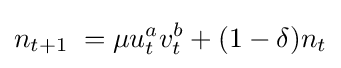
n_{t+1}\;=\mu u_{t}^{a}v_{t}^{b}+(1-\delta )n_{t}